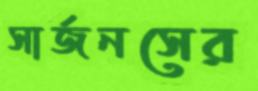
সার্জনসের